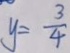
y = \frac { 3 } { 4 }